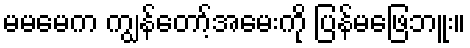
မမမေက ကျွန်တော့်အမေးကို ပြန်မဖြေဘူး။